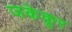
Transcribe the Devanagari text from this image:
जकेकूर